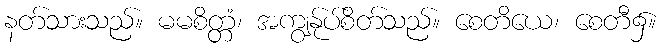
နတ်သားသည်။ မမစိတ္တံ၊ အကျွန်ုပ်စိတ်သည်။ စေတိယေ၊ စေတီ၌။